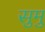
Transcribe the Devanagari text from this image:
सुमु